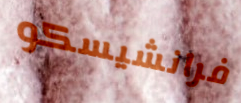
فرانشيسكو